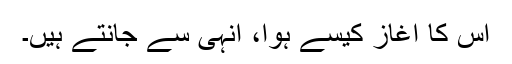
اس کا آغاز کیسے ہوا، انہی سے جانتے ہیں۔